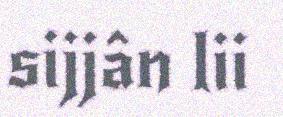
sijjân lii